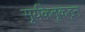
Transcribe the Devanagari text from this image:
सूर्यकेतूकडून